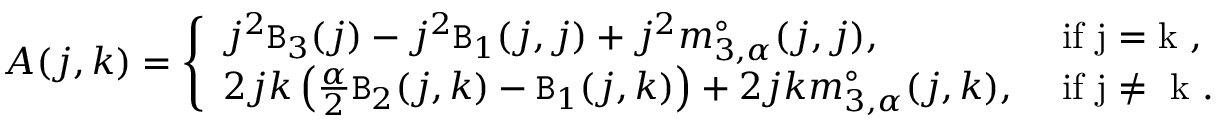
\begin{array} { r } { A ( j , k ) = \left\{ \begin{array} { l l } { j ^ { 2 } \mathtt { B } _ { 3 } ( j ) - j ^ { 2 } \mathtt { B } _ { 1 } ( j , j ) + j ^ { 2 } m _ { 3 , \alpha } ^ { \circ } ( j , j ) , } & { \mathrm { ~ i f ~ j = k ~ } , } \\ { 2 j k \left( \frac { \alpha } 2 \mathtt { B } _ { 2 } ( j , k ) - \mathtt { B } _ { 1 } ( j , k ) \right) + 2 j k m _ { 3 , \alpha } ^ { \circ } ( j , k ) , } & { \mathrm { ~ i f ~ j \ne ~ k ~ . } } \end{array} \right. } \end{array}